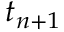
t _ { n + 1 }